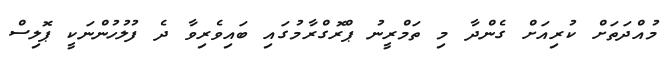
މުއްދަތަށް ކުރިއަށް ގެންދާ މި ތަމްރީނު ޕްރޮގްރާމުގައި ބައިވެރިވާ ދެ ފުލުހުންނަކީ ޕޮލިސް